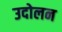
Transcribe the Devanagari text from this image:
उदोलन